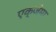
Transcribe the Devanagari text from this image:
एक्जेमा